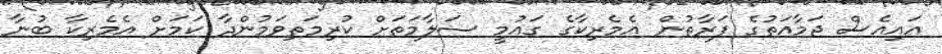
އައިއެސް ޖަމާއަތުގެ ފަރާތުން އެމެރިކާގެ ގައުމީ ސަލާމަތަށް ކުރިމަތިވަމުންދާ ކަމަށް އެމެރިކާ ބުނާ